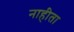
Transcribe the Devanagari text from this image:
नाहीता